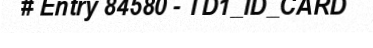
# Entry 84580 - TD1_ID_CARD